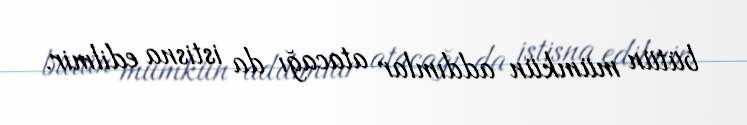
bütün mümkün addımlar atacağı da istisna edilmir.